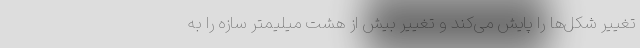
تغییر شکل‌ها را پایش می‌کند و تغییر بیش از هشت میلیمتر سازه را به